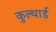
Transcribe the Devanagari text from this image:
कुल्थार्ड